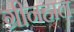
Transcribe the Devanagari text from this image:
ग्रीनहाल